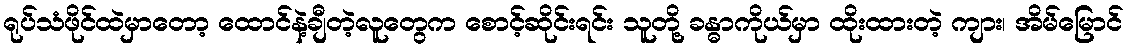
ရုပ်သံဖိုင်ထဲမှာတော့ ထောင်နဲ့ချီတဲ့လူတွေက စောင့်ဆိုင်းရင်း သူတို့ ခန္ဓာကိုယ်မှာ ထိုးထားတဲ့ ကျား၊ အိမ်မြောင်